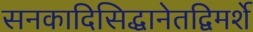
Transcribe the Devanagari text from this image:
सनकादिसिद्धानेतद्विमर्शे